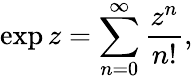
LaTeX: \exp z=\sum_{n=0}^{\infty}{\frac{z^{n}}{n!}},